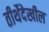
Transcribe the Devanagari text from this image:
तीर्थेदेखील